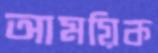
আময়িক